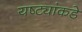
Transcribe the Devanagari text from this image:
यष्ट्यांकडे